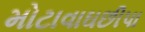
મોટાવાઘછીપા